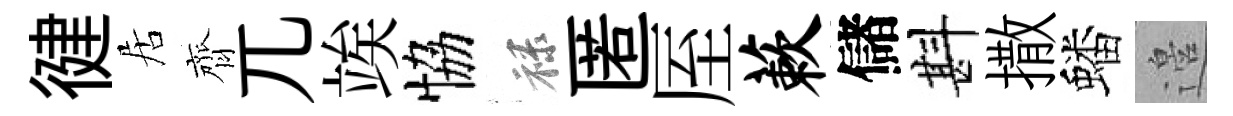
徤居齊兀竢恊禄匿厔蔌儲斟撒蟠邉